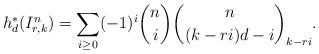
LaTeX: \begin{align*} h^{*}_d(I_{r,k}^{n})=\sum\limits_{i \geq 0} (-1)^i \binom{n}{i} \binom{n}{(k-ri)d-i}_{k-ri}.\end{align*}